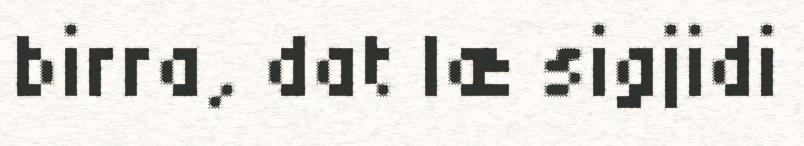
birra, dat læ sigjidi